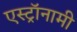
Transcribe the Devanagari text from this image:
एस्‍ट्रॉनामी